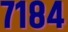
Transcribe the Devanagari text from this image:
७१८४